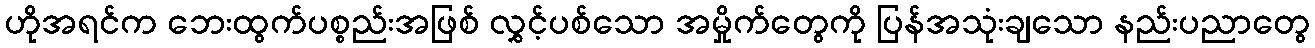
ဟိုအရင်က ဘေးထွက်ပစ္စည်းအဖြစ် လွှင့်ပစ်သော အမှိုက်တွေကို ပြန်အသုံးချသော နည်းပညာတွေ